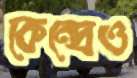
কেন্দ্রেও